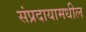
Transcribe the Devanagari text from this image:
संप्रदायामधील